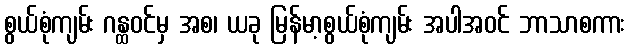
စွယ်စုံကျမ်း ဂန္ထဝင်မှ အစ၊ ယခု မြန်မာ့စွယ်စုံကျမ်း အပါအဝင် ဘာသာစကား